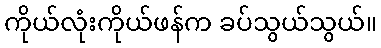
ကိုယ်လုံးကိုယ်ဖန်က ခပ်သွယ်သွယ်။